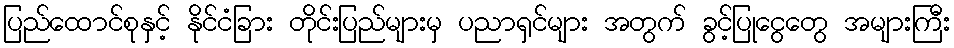
ပြည်ထောင်စုနှင့် နိုင်ငံခြား တိုင်းပြည်များမှ ပညာရှင်များ အတွက် ခွင့်ပြုငွေတွေ အများကြီး